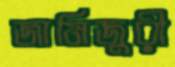
জামিজুরী